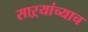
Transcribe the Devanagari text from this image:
साऱ्यांच्याच